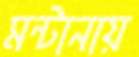
মন্টানায়